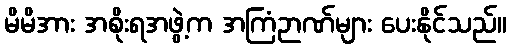
မိမိအား အစိုးရအဖွဲ့က အကြံဉာဏ်များ ပေးနိုင်သည်။